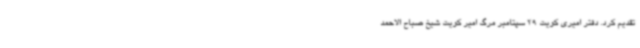
تقدیم کرد. دفتر امیری کویت 29 سپتامبر مرگ امیر کویت شیخ صباح الاحمد